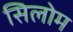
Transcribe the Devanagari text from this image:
सिलोम